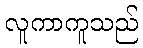
လူကာကူသည်